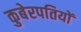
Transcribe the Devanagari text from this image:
कुबेरपतियों